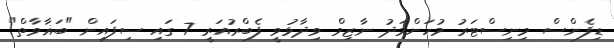
ޑިފެންސް މިނިސްޓަރު މުހަންމަދު ނާޒިމް ވިދާޅުވީ ފެބްރުއަރީ 7 ގައި ސިފައިން "ބަޣާވާތް"